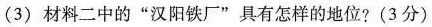
(3) 材料二中的”汉阳铁厂”具有怎样的地位? (3分)